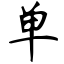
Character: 单